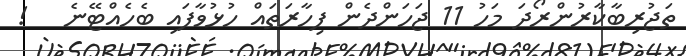
ތަޖުރިބާކާރުންރޯދަ މަހު 11 ޖަހަންދެން ފިހާރަތައް ހުޅުވާފައި ބެހެއްޓޭނެ   !